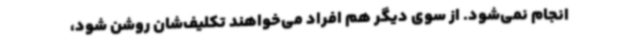
انجام نمی‌شود. از سوی دیگر هم افراد می‌خواهند تکلیف‌شان روشن شود،